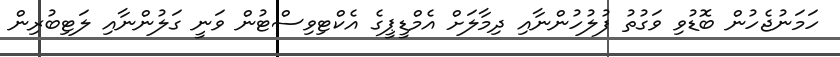
ހަމަނުޖެހުން ބޮޑުވި ވަގުތު ފުލުހުންނާއި ދިމާލަށް އެމްޑީޕީގެ އެކްޓިވިސްޓުން ވަނީ ގަލުންނާއި ލަޓިބުރިން